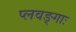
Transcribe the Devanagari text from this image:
प्लवङ्गाः